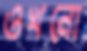
ওখনো